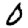
Digit: 0